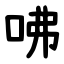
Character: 咈